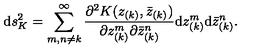
\mathrm { d } s _ { K } ^ { 2 } = \sum _ { m , n \neq k } ^ { \infty } { \frac { \partial ^ { 2 } K ( z _ { ( k ) } , { \bar { z } } _ { ( k ) } ) } { \partial z _ { ( k ) } ^ { m } \partial { \bar { z } } _ { ( k ) } ^ { n } } } \mathrm { d } z _ { ( k ) } ^ { m } \mathrm { d } { \bar { z } } _ { ( k ) } ^ { n } .